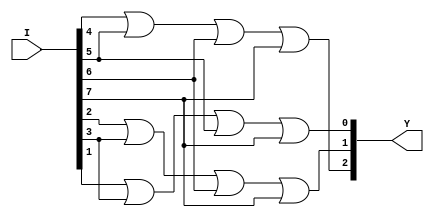
module top (I, Y);
input [7:0] I;//defines inputs
output [2:0]Y;//defines outputs
assign Y[2]=I[4] | I[5] | I[6] | I[7];
assign Y[1]=I[2] | I[3] | I[6] | I[7];
assign Y[0]=I[1] | I[3] | I[5] | I[7];
//determines assignments for Y according to karno table
endmodule